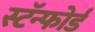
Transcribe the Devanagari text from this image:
स्टॅन्फोर्ड